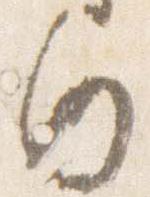
白